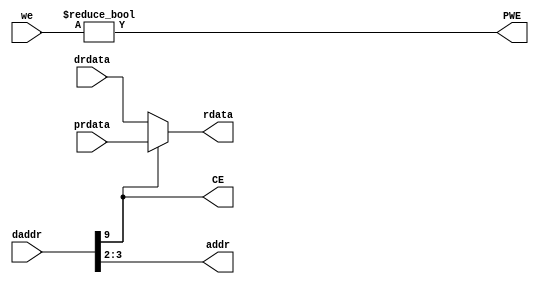
module orbiter(
    input [31:0] drdata,
    input [31:0] prdata,
    input [31:0] daddr,
    output CE,
    output PWE,
	 output [1:0] addr,
    input [3:0] we,
    output [31:0] rdata
    );
	
	assign CE = daddr[9];
	assign PWE = (we!= 4'b0000);
	assign addr = daddr[3:2];

	assign rdata = CE ? prdata : drdata;
endmodule